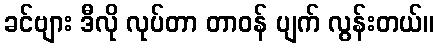
ခင်ဗျား ဒီလို လုပ်တာ တာဝန် ပျက် လွန်းတယ်။